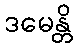
ဒမေန္တိ